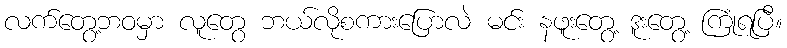
လက်တွေ့ဘဝမှာ လူတွေ ဘယ်လိုစကားပြောလဲ မင်း နဖူးတွေ့ ဒူးတွေ့ ကြုံရပြီ။